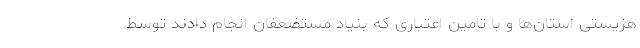
هزیستی استان‌ها و با تامین اعتباری که بنیاد مستضعفان انجام دادند توسط